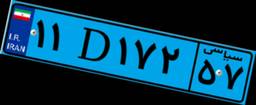
۰۱D۰۳۹۰۸